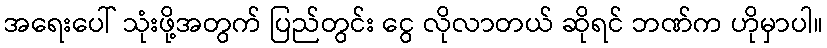
အရေးပေါ် သုံးဖို့အတွက် ပြည်တွင်း ငွေ လိုလာတယ် ဆိုရင် ဘဏ်က ဟိုမှာပါ။